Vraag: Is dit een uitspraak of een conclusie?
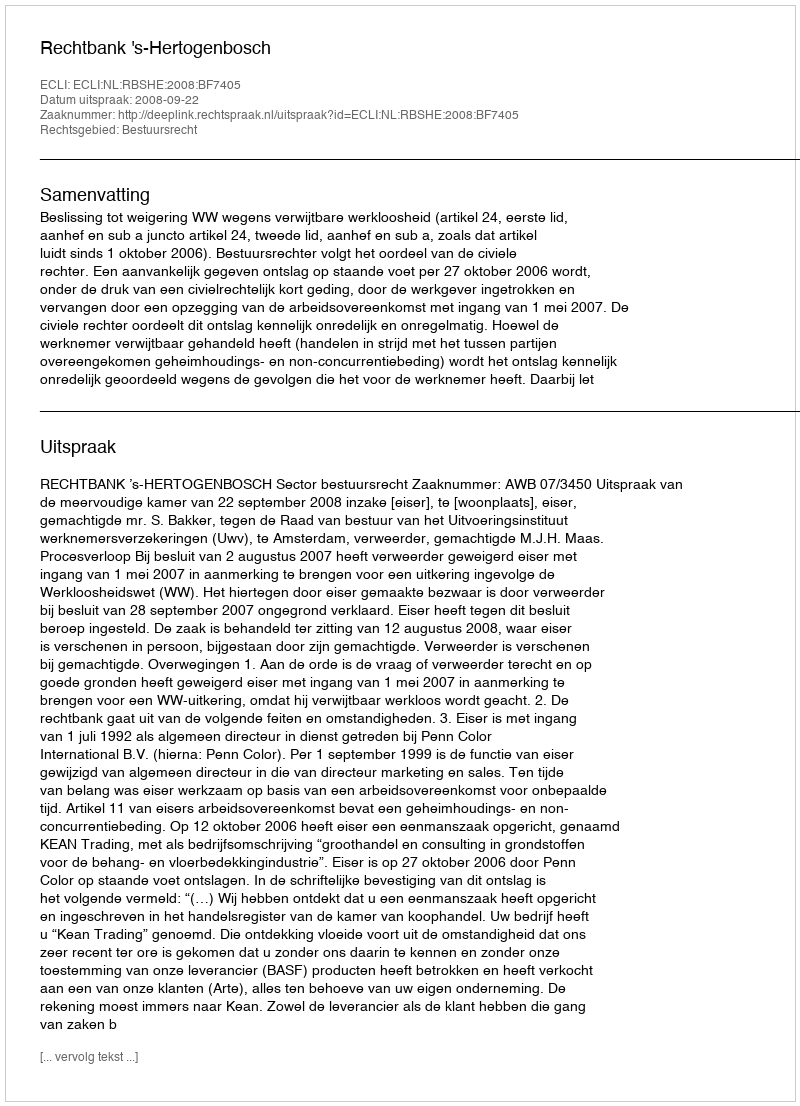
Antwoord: Uitspraak